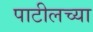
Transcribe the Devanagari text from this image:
पाटीलच्या